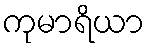
ကုမာရိယာ